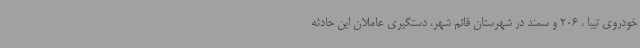
خودروی تیبا ، 206 و سمند در شهرستان قائم شهر، دستگیری عاملان این حادثه